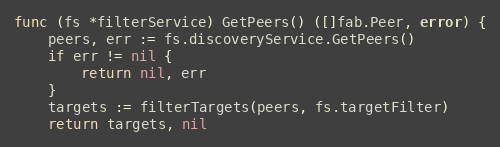
Language: Go
func (fs *filterService) GetPeers() ([]fab.Peer, error) {
	peers, err := fs.discoveryService.GetPeers()
	if err != nil {
		return nil, err
	}
	targets := filterTargets(peers, fs.targetFilter)
	return targets, nil